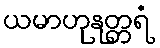
ယမာဟုနုတ္တရံ